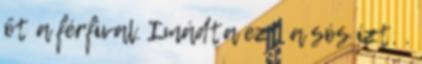
őt a férfival. Imádta ezt a sós ízt. .